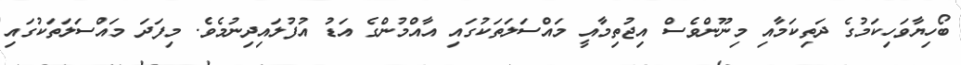
ބޯހިޔާވަހިކަމުގެ ދަތިކަމާއި މިނޫންވެސް އިޖުތިމާއީ މައްސަލަތަކުގައި އާއްމުންގެ އަޑު އުފުލައިދިނުމެވެ. މިފަދަ މައްސަލަތަކުގައި